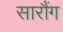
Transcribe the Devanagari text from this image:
सारौंग